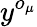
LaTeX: y^{o_{\mu}}